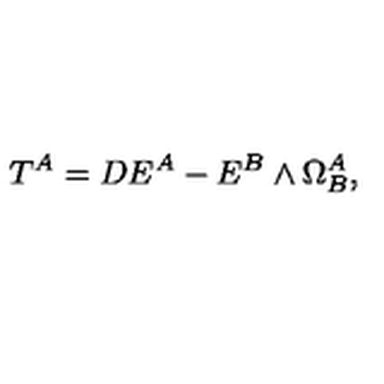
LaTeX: T ^ { A } = D E ^ { A } - E ^ { B } \wedge \Omega _ { B } ^ { A } ,